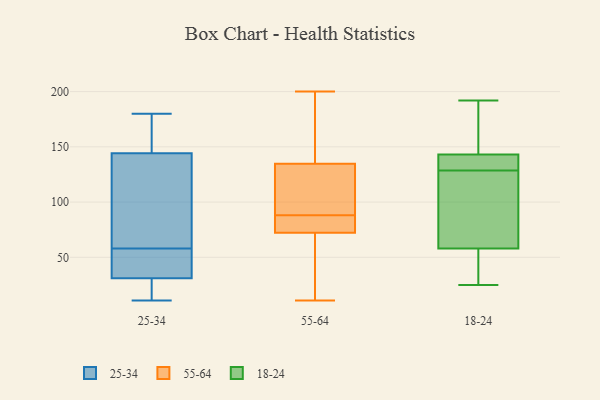
{"axis": {"x": "Shipments", "y": "Value"}, "legend": ["18-24", "25-34", "55-64"], "data": [{"x": "", "y": 145, "type": "25-34"}, {"x": "", "y": 31, "type": "25-34"}, {"x": "", "y": 140, "type": "25-34"}, {"x": "", "y": 31, "type": "25-34"}, {"x": "", "y": 166, "type": "25-34"}, {"x": "", "y": 42, "type": "25-34"}, {"x": "", "y": 166, "type": "25-34"}, {"x": "", "y": 11, "type": "25-34"}, {"x": "", "y": 49, "type": "25-34"}, {"x": "", "y": 57, "type": "25-34"}, {"x": "", "y": 16, "type": "25-34"}, {"x": "", "y": 78, "type": "25-34"}, {"x": "", "y": 131, "type": "25-34"}, {"x": "", "y": 144, "type": "25-34"}, {"x": "", "y": 180, "type": "25-34"}, {"x": "", "y": 18, "type": "25-34"}, {"x": "", "y": 58, "type": "25-34"}, {"x": "", "y": 128, "type": "55-64"}, {"x": "", "y": 71, "type": "55-64"}, {"x": "", "y": 51, "type": "55-64"}, {"x": "", "y": 19, "type": "55-64"}, {"x": "", "y": 11, "type": "55-64"}, {"x": "", "y": 178, "type": "55-64"}, {"x": "", "y": 78, "type": "55-64"}, {"x": "", "y": 116, "type": "55-64"}, {"x": "", "y": 59, "type": "55-64"}, {"x": "", "y": 76, "type": "55-64"}, {"x": "", "y": 200, "type": "55-64"}, {"x": "", "y": 197, "type": "55-64"}, {"x": "", "y": 137, "type": "55-64"}, {"x": "", "y": 82, "type": "55-64"}, {"x": "", "y": 88, "type": "55-64"}, {"x": "", "y": 104, "type": "55-64"}, {"x": "", "y": 117, "type": "55-64"}, {"x": "", "y": 159, "type": "55-64"}, {"x": "", "y": 77, "type": "55-64"}, {"x": "", "y": 99, "type": "18-24"}, {"x": "", "y": 188, "type": "18-24"}, {"x": "", "y": 192, "type": "18-24"}, {"x": "", "y": 56, "type": "18-24"}, {"x": "", "y": 58, "type": "18-24"}, {"x": "", "y": 125, "type": "18-24"}, {"x": "", "y": 158, "type": "18-24"}, {"x": "", "y": 25, "type": "18-24"}, {"x": "", "y": 132, "type": "18-24"}, {"x": "", "y": 39, "type": "18-24"}, {"x": "", "y": 108, "type": "18-24"}, {"x": "", "y": 143, "type": "18-24"}, {"x": "", "y": 139, "type": "18-24"}, {"x": "", "y": 142, "type": "18-24"}]}